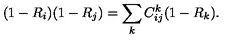
( 1 - R _ { i } ) ( 1 - R _ { j } ) = \sum _ { k } C _ { i j } ^ { k } ( 1 - R _ { k } ) .